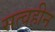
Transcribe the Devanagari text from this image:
सत्वहीन